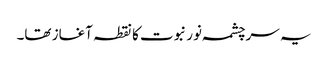
یہ سرچشمہ نور نبوت کا نقطہ آغاز تھا۔